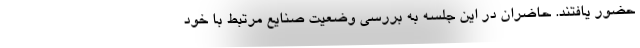
حضور یافتند. حاضران در این جلسه به بررسی وضعیت صنایع مرتبط با خود